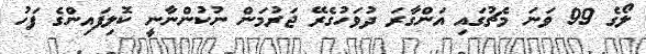
ލޯގެ 99 ވަނަ މެޗުގައި އަންގާރަ ދުވަހުގެރޭ ޖަރުމަން ނުކުންނާނީ ކޮލިފައިންގެ ފަހު